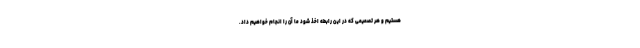
هستیم و هر تصمیمی که در این رابطه اخذ شود ما آن را انجام خواهیم داد.